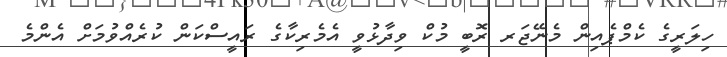
ހިލަރީގެ ކެމްޕެއިން މެނޭޖަރ ރޮބީ މުކް ވިދާޅުވީ އެމެރިކާގެ ރައީސްކަން ކުރެއްވުމަށް އެންމެ